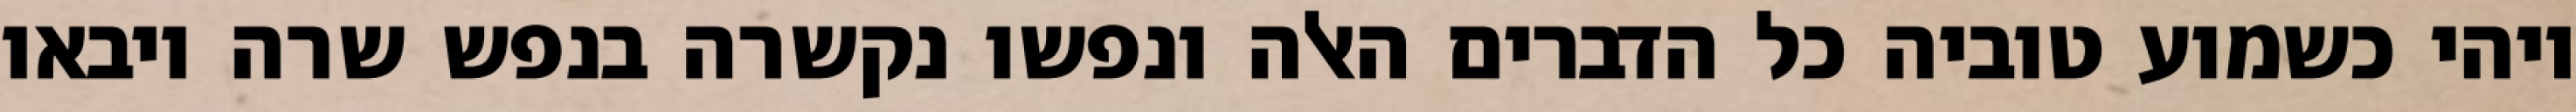
ויהי כשמוע טוביה כל הדברים האלה ונפשו נקשרה בנפש שרה ויבאו